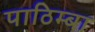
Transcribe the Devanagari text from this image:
पाठिम्बा